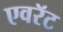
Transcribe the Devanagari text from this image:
एवरॅट